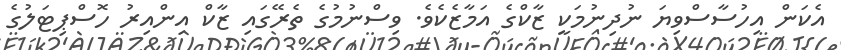
އެކަން އިހުސާސްވިޔަ ނުދިނުމަކީ ޒާކްގެ އަމާޒެކެވެ. ވިސްނުމުގެ ތެރޭގައި ޒާކް އިންއިރު ހޮސްޕިޓަލުގެ